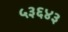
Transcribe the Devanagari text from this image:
५३६४३